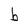
Character: b